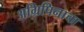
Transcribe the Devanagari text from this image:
अग्रिपिनाचा